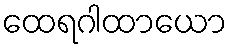
ထေရဂါထာယော